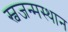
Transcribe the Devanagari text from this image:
स्वजन्मस्थान